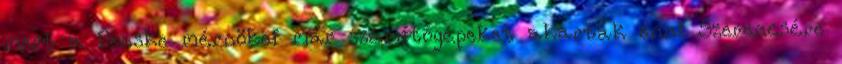
mert a Penske mérnökei már számítógépeket akartak enni Szerencsére